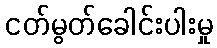
ငတ်မွတ်ခေါင်းပါးမှု